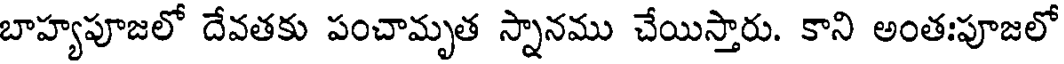
బాహ్యపూజలో దేవతకు పంచామృత స్నానము చేయిస్తారు. కాని అంతఃపూజలో